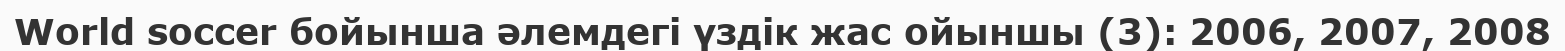
World soccer бойынша әлемдегі үздік жас ойыншы (3): 2006, 2007, 2008